Report of the Indian Hemp Drugs Commission, 1894-1895 - Volume VII
Year: 1894
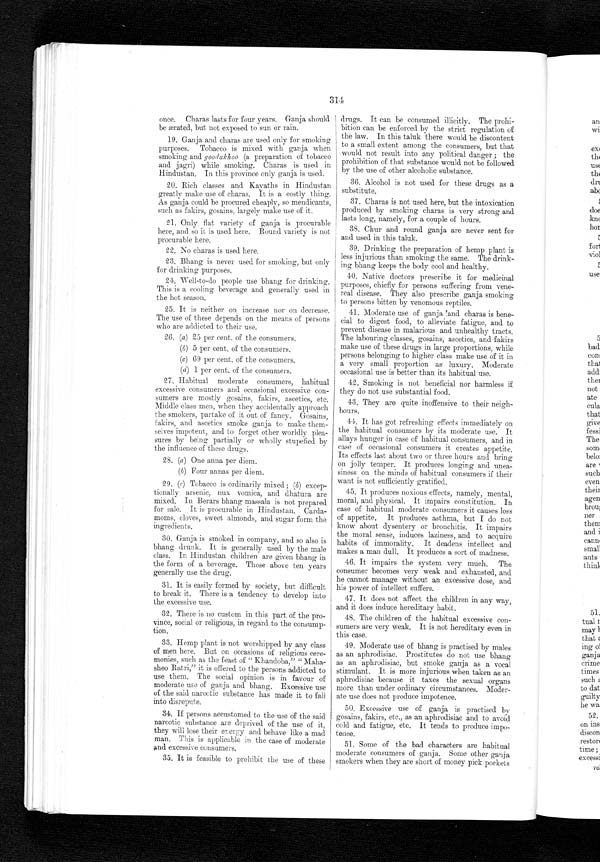
314
once. Charas lasts for four years. Ganja should
be ærated, but not exposed to sun or rain.
19. Ganja and charas are used only for smoking
purposes. Tobacco is mixed with ganja when
smoking and goodakhoo (a preparation of tobacco
and jagri) while smoking. Charas is used in
Hindustan. In this province only ganja is used.
20. Rich classes and Kayaths in Hindustan
greatly make use of charas. It is a costly thing.
As ganja could be procured cheaply, so mendicants,
such as fakirs, gosains, largely make use of it.
21. Only flat variety of ganja is procurable
here, and so it is used here. Round variety is not
procurable here.
22. No charas is used here.
23. Bhang is never used for smoking, but only
for drinking purposes.
21. Well-to-do people use bhang for drinking.
This is a cooling beverage and generally used in
the hot season.
25. It is neither on increase nor on decrease.
The use of these depends on the means of persons
who are addicted to their use.
26. (a) 25 per cent. of the consumers.
(b) 5 per cent. of the consumers.
(c) 69 per cent. of the consumers
.
(d) 1 per cent. of the consumers.
27. Habitual moderate consumers, habitual
excessive consumers and occasional excessive con-
sumers are mostly gosains, fakirs, ascetics, etc.
Middle class men, when they accidentally approach
the smokers, partake of it out of fancy. Gosains,
fakirs, and ascetics smoke ganja to make them-
selves impotent, and to forget other worldly plea-
sures by being partially or wholly stupefied by
the influence of these drugs.
28. (a) One anna per diem.
( b ) F o u r m i n a s p e r d i e m .
29. (c) Tobacco is ordinarily mixed; ( b) excep-
tionally arsenic, nux vomica, and dhatura are
mixed. In Berars bhang massala is not prepared
for sale. It is procurable in Hindustan. Carda-
moms, cloves, sweet almonds, and sugar form the
ingredients.
30. Ganja is smoked in company, and so also is
bhang drunk. It is generally used by the male
class. In Hindustan children are given bhang in
the form of a beverage. Those above ten years
generally use the drug.
31. It is easily formed by society, but difficult
to break it. There is a tendency to develop into
the excessive use.
32 There is no custom in this part of the pro-
vince, social or religious, in regard to the consump-
tion.
33. Hemp plant is not worshipped by any class
of men here. But on occasions of religious cere-
monies, such as the feast of "Khandoba," "
M a h a - s h e o R a t r i , " i t i s o f f e r e d t o t h e p e r s o n s a d d i c t e d t o
use them. The social opinion is in favour of
moderate use of ganja and bhang. Excessive use
of the said narcotic substance has made it to fall
into disrepute.
34. If persons accustomed to the use of the said
narcotic substance are deprived of the use of it,
they will lose their energy and behave like a mad
man. This is applicable in the case of moderate
and excessive consumers.
35. It is feasible to prohibit the use of these
drugs. It can be consumed illicitly. The prohi-
bition can be enforced by the strict regulation of
the law. In this taluk there would be discontent
to a small extent among the consumers, but that
would not result into any political danger; the
prohibition of that substance would not be followed
by the use of other alcoholic substance.
36. Alcohol is not used for these drugs as a
substitute.
37. Charas is not used here, but the intoxication
produced by smoking charas is very strong and
lasts long, namely, for a couple of hours.
38. Chur and round ganja are never sent for
and used in this taluk.
39. Drinking the preparation of hemp plant is
less injurious than smoking the same. The drink--
ing bhang keeps the body cool and healthy.
40. Native doctors prescribe it for medicinal
purposes, chiefly for persons suffering from vene-
real disease. They also prescribe ganja smoking
to persons bitten by venomous reptiles.
41. Moderate use of ganja and chards is bene--
cial to digest food, to alleviate fatigue, and to
prevent disease in malarious and unhealthy tracts.
The labouring classes, gosains, ascetics, and fakirs
make use of these drugs in large proportions, while
persons belonging to higher class make use of it in
a very small proportion as luxury. Moderate
occasional use is better than its habitual use.
42. Smoking is not beneficial nor harmless if
they do not use substantial food.
43. They are quite inoffensive to their neigh
-bours.
44. It has got refreshing effects immediately on
the habitual consumers by its moderate use. It
allays hunger in case of habitual consumers, and in
case of occasional consumers it creates appetite.
Its effects last about two or three hours and bring
on jolly temper. It produces longing and unea-
siness on the minds of habitual consumers if their
want is not sufficiently gratified.
45. It produces noxious effects, namely, mental,
moral, and physical. It impairs constitution. In
case of habitual moderate consumers it causes loss
of appetite. It produces asthma, but I do not
know about dysentery or bronchitis. It impairs
the moral sense, induces laziness, and to acquire
habits of immorality. It deadens intellect and
makes a man dull. It produces a sort of madness.
46. It impairs the system very much. The
consumer becomes very weak and exhausted, and
he cannot manage without an excessive dose, and
his power of intellect suffers.
47. It does not affect the children in any way,
and it does induce hereditary habit.
48. The children of the habitual excessive con-
sumers are very weak. It is not hereditary even in this case.
49. Moderate use of bhang is practised by males
as an aphrodisiac. Prostitutes do not use bhang
as an aphrodisiac, but smoke ganja as a vocal
stimulant. It is more injurious when taken as an
aphrodisiac because it taxes the sexual organs
more than under ordinary circumstances. Moder-
ate use does not produce impotence.
50. Excessive use of ganja is practised by
gosains, fakirs, etc., as an aphrodisiac and to avoid
cold and fatigue, etc. It tends to produce impo-
tence.
51. Some of the bad characters are habitual
moderate consumers of ganja. Some other ganja
smokers when they are short of money pick pockets